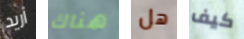
أريد هناك هل كيف